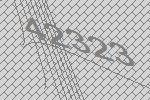
42323